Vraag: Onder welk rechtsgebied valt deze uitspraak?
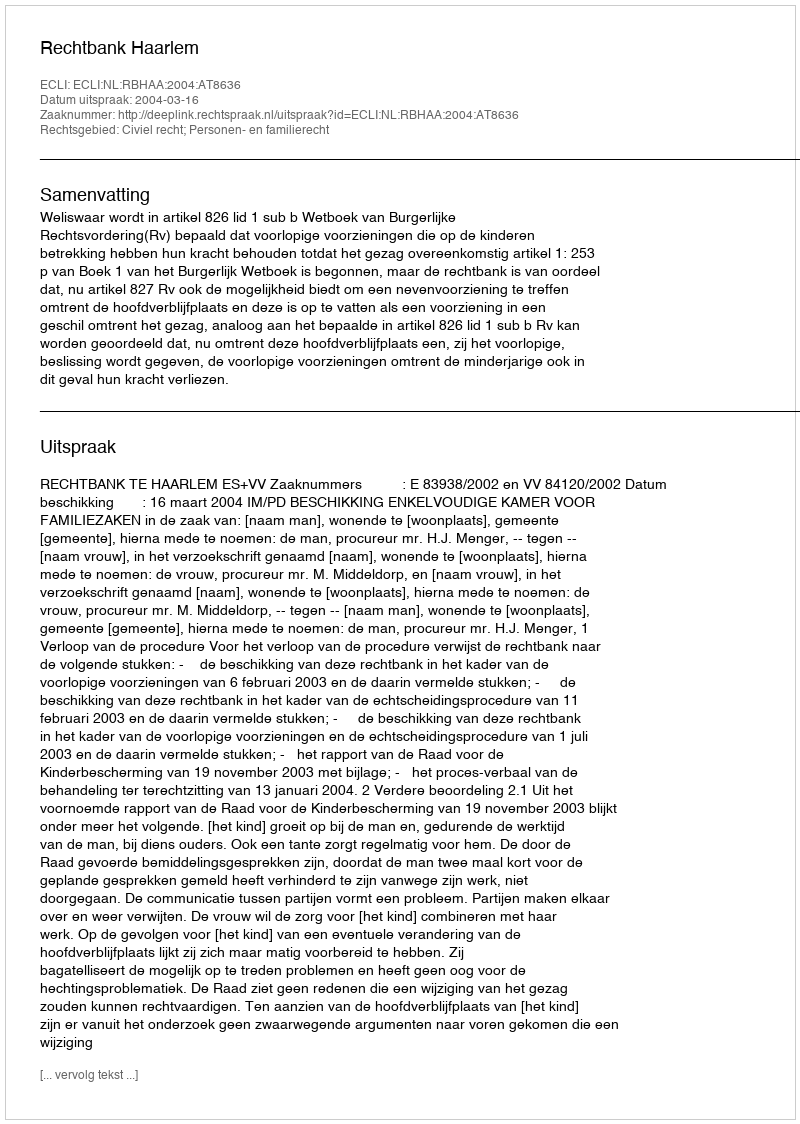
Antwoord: Civiel recht; Personen- en familierecht